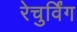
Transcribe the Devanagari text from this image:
रेचुर्विंग